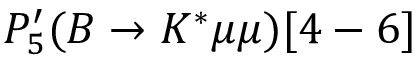
P _ { 5 } ^ { \prime } ( B \to K ^ { * } \mu \mu ) [ 4 - 6 ]